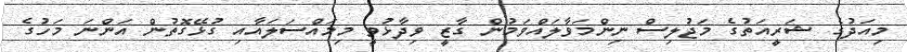
މިއަދުގެ ޝަރީއަތުގެ މަޖުލިސް ނިންމަވާލައްވަމުން ގާޒީ ވިދާޅުވީ މިމައްސަލައާއި ގުޅޭގޮތުން އަންނަ މަހުގެ